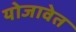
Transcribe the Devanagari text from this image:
योजावेत